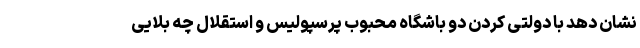
نشان دهد با دولتی کردن دو باشگاه محبوب پرسپولیس و استقلال چه بلایی